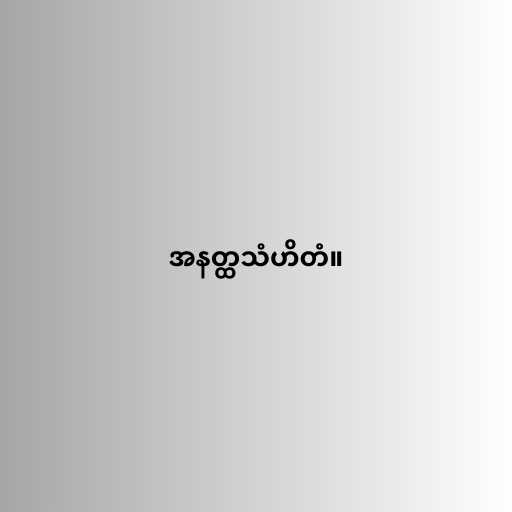
အနတ္ထသံဟိတံ။